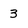
Character: 3